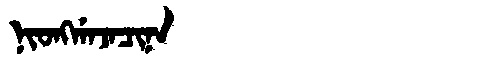
Manchu: ᠨᡳᠣᠩᡤᠠᠵᠠᠴᡳᠨᠠ
Romanization: NIONGGAJACINA